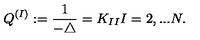
Q ^ { ( I ) } : = \frac { 1 } { - \triangle } = K _ { I I } I = 2 , . . . N .